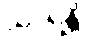
သာရန္တိ